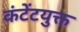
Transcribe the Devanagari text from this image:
कंटेंटयुक्त